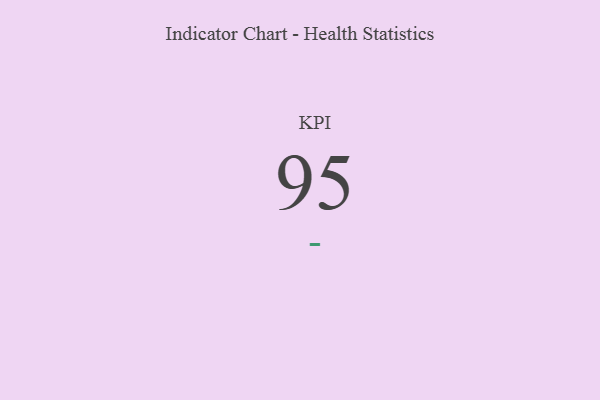
{"axis": {"x": "KPI", "y": "Value"}, "legend": [""], "data": [{"x": "KPI", "y": 95, "type": ""}]}